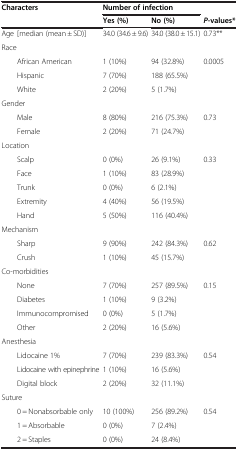
<table><thead><tr><td rowspan="2"><b>Characters</b></td><td rowspan="2"><b> </b></td><td colspan="2"><b>Number of infection</b></td><td><b> </b></td></tr><tr><td><b>Yes (%)</b></td><td><b>No (%)</b></td><td><b><i>P</i>-values*</b></td></tr></thead><tbody><tr><td>Age</td><td>[median (mean ± SD)]</td><td>34.0 (34.6 ± 9.6)</td><td>34.0 (38.0 ± 15.1)</td><td>0.73**</td></tr><tr><td colspan="5">Race</td></tr><tr><td> </td><td>African American</td><td>1 (10%)</td><td>94 (32.8%)</td><td>0.0005</td></tr><tr><td> </td><td>Hispanic</td><td>7 (70%)</td><td>188 (65.5%)</td><td> </td></tr><tr><td> </td><td>White</td><td>2 (20%)</td><td>5 (1.7%)</td><td> </td></tr><tr><td colspan="5">Gender</td></tr><tr><td> </td><td>Male</td><td>8 (80%)</td><td>216 (75.3%)</td><td>0.73</td></tr><tr><td> </td><td>Female</td><td>2 (20%)</td><td>71 (24.7%)</td><td> </td></tr><tr><td colspan="5">Location</td></tr><tr><td> </td><td>Scalp</td><td>0 (0%)</td><td>26 (9.1%)</td><td>0.33</td></tr><tr><td> </td><td>Face</td><td>1 (10%)</td><td>83 (28.9%)</td><td> </td></tr><tr><td> </td><td>Trunk</td><td>0 (0%)</td><td>6 (2.1%)</td><td> </td></tr><tr><td> </td><td>Extremity</td><td>4 (40%)</td><td>56 (19.5%)</td><td> </td></tr><tr><td> </td><td>Hand</td><td>5 (50%)</td><td>116 (40.4%)</td><td> </td></tr><tr><td colspan="5">Mechanism</td></tr><tr><td> </td><td>Sharp</td><td>9 (90%)</td><td>242 (84.3%)</td><td>0.62</td></tr><tr><td> </td><td>Crush</td><td>1 (10%)</td><td>45 (15.7%)</td><td> </td></tr><tr><td colspan="5">Co-morbidities</td></tr><tr><td> </td><td>None</td><td>7 (70%)</td><td>257 (89.5%)</td><td>0.15</td></tr><tr><td> </td><td>Diabetes</td><td>1 (10%)</td><td>9 (3.2%)</td><td> </td></tr><tr><td> </td><td>Immunocompromised</td><td>0 (0%)</td><td>5 (1.7%)</td><td> </td></tr><tr><td> </td><td>Other</td><td>2 (20%)</td><td>16 (5.6%)</td><td> </td></tr><tr><td colspan="5">Anesthesia</td></tr><tr><td> </td><td>Lidocaine 1%</td><td>7 (70%)</td><td>239 (83.3%)</td><td>0.54</td></tr><tr><td> </td><td>Lidocaine with epinephrine</td><td>1 (10%)</td><td>16 (5.6%)</td><td> </td></tr><tr><td> </td><td>Digital block</td><td>2 (20%)</td><td>32 (11.1%)</td><td> </td></tr><tr><td colspan="5">Suture</td></tr><tr><td> </td><td>0 = Nonabsorbable only</td><td>10 (100%)</td><td>256 (89.2%)</td><td>0.54</td></tr><tr><td> </td><td>1 = Absorbable</td><td>0 (0%)</td><td>7 (2.4%)</td><td> </td></tr><tr><td> </td><td>2 = Staples</td><td>0 (0%)</td><td>24 (8.4%)</td><td> </td></tr></tbody></table>